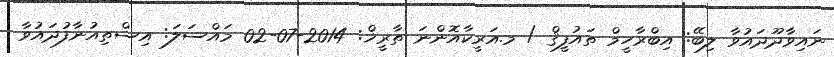
ނައިވާދޫދައުވާ ލިބޭ: އިބްރާހީމް ތައުފީޤް / މ.އަރީކާއޮންނަ ތާރީޚް: 2014-07-02 މައްސަލަ: އިސްތިއުނާފުދައުވާ